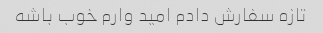
تازه سفارش دادم امید وارم خوب باشه